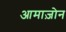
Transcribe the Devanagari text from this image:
आमाज़ोन